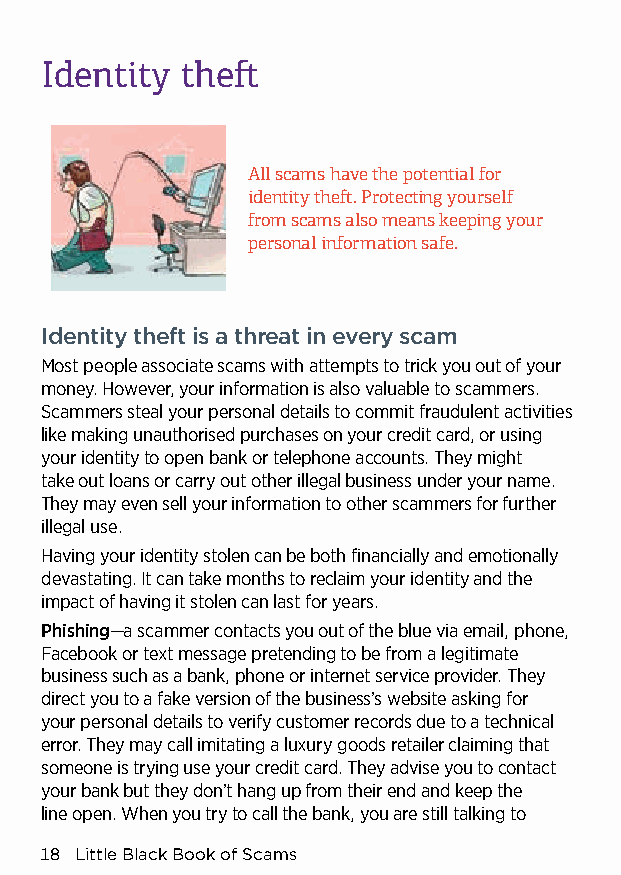
Identity theft
 All scams have the potential for
 identity theft. Protecting yourself
 from scams also means keeping your
 personal information safe.
 Identity theft is a threat in every scam
 Most people associate scams with attempts to trick you out of your
 money. However, your information is also valuable to scammers.
 Scammers steal your personal details to commit fraudulent activities
 like making unauthorised purchases on your credit card, or using
 your identity to open bank or telephone accounts. They might
 take out loans or carry out other illegal business under your name.
 They may even sell your information to other scammers for further
 illegal use.
 Having your identity stolen can be both financially and emotionally
 devastating. It can take months to reclaim your identity and the
 impact of having it stolen can last for years.
 Phishing—a scammer contacts you out of the blue via email, phone,
 Facebook or text message pretending to be from a legitimate
 business such as a bank, phone or internet service provider. They
 direct you to a fake version of the business’s website asking for
 your personal details to verify customer records due to a technical
 error. They may call imitating a luxury goods retailer claiming that
 someone is trying use your credit card. They advise you to contact
 your bank but they don’t hang up from their end and keep the
 line open. When you try to call the bank, you are still talking to
 18 Little Black Book of Scams